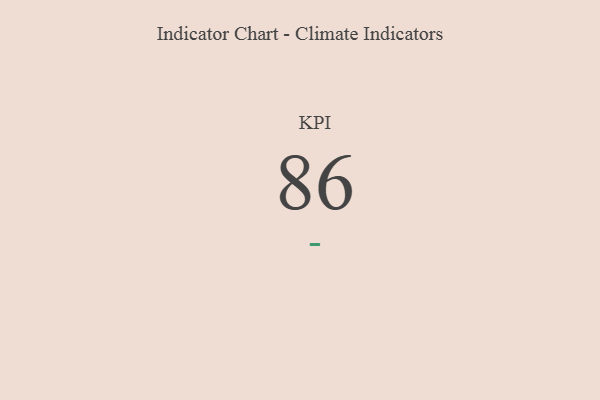
{"axis": {"x": "KPI", "y": "Value"}, "legend": [""], "data": [{"x": "KPI", "y": 86, "type": ""}]}